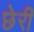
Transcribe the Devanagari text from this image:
छेरी